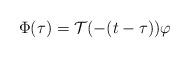
LaTeX: \begin{align*}\Phi (\tau) = \mathcal{T} (-(t-\tau)) \varphi\end{align*}